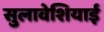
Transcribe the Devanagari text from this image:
सुलावेशियाई